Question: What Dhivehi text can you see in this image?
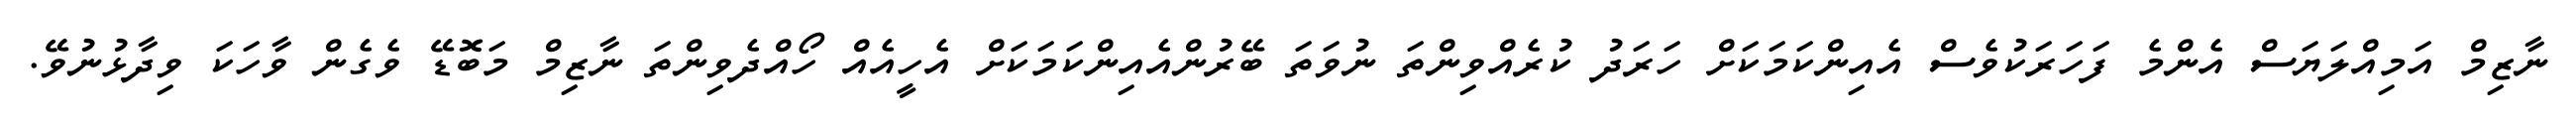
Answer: ނާޒިމް އަމިއްލަޔަސް އެންމެ ފަހަރަކުވެސް އެއިންކަމަކަށް ހަރަދު ކުރެއްވިންތަ ނުވަތަ ބޭރުންއެއިންކަމަކަށް އެހީއެއް ހޯއްދެވިންތަ ނާޒިމް މަބޮޑޭ ވެގެން ވާހަކަ ވިދާޅުނުވޭ.